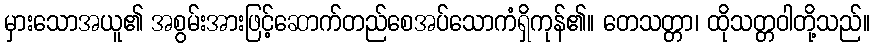
မှားသောအယူ၏ အစွမ်းအားဖြင့်ဆောက်တည်စေအပ်သောကံရှိကုန်၏။ တေသတ္တာ၊ ထိုသတ္တဝါတို့သည်။